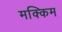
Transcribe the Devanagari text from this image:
मक्किम